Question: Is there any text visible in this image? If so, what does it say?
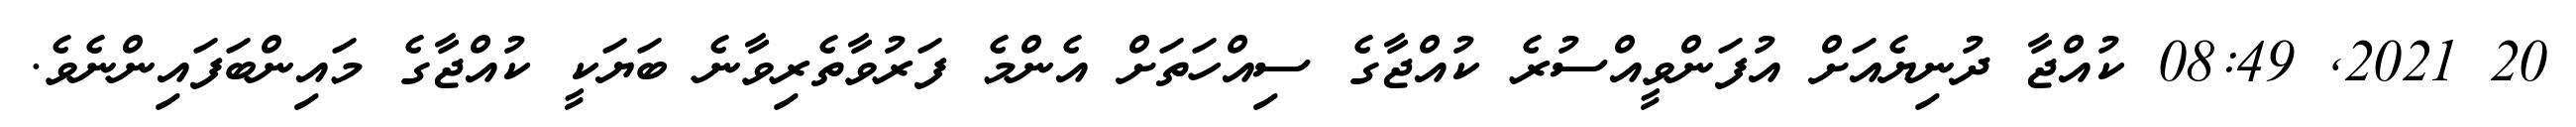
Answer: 20 2021, 08:49 ކުއްޖާ ދުނިޔެއަށް އުފަންވީއްސުރެ ކުއްޖާގެ ސިއްހަތަށް އެންމެ ފަރުވާތެރިވާނެ ބަޔަކީ ކުއްޖާގެ މައިންބަފައިންނެވެ.